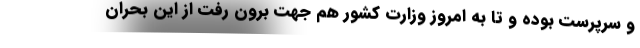
و سرپرست بوده و تا به امروز وزارت کشور هم جهت برون رفت از این بحران